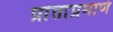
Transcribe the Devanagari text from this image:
प्रांतांप्रमाणे